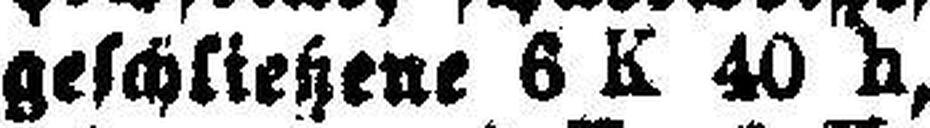
geschließene 6 K 40 h,